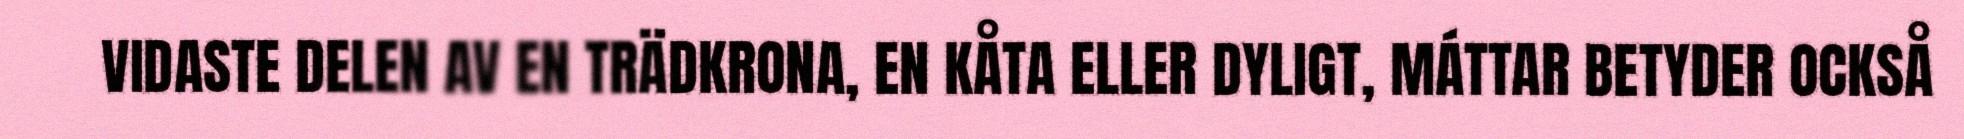
VIDASTE DELEN AV EN TRÄDKRONA, EN KÅTA ELLER DYLIGT, MÁTTAR BETYDER OCKSÅ